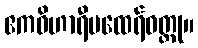
ဧကဝိဟာရီမထေရ်ဝတ္ထု။